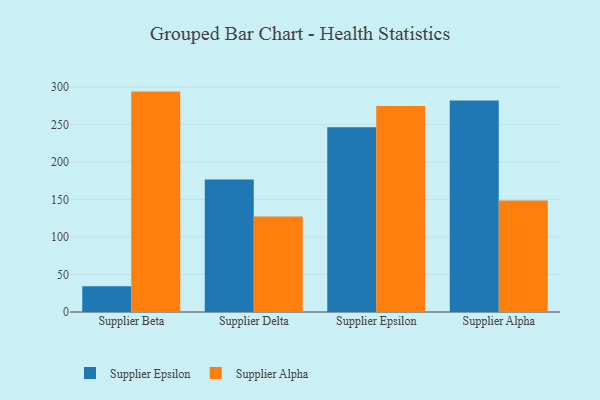
{"axis": {"x": "Supplier", "y": "LTV (USD)"}, "legend": ["Supplier Alpha", "Supplier Epsilon"], "data": [{"x": "Supplier Beta", "y": 34.3, "type": "Supplier Epsilon"}, {"x": "Supplier Beta", "y": 294.0, "type": "Supplier Alpha"}, {"x": "Supplier Delta", "y": 176.8, "type": "Supplier Epsilon"}, {"x": "Supplier Delta", "y": 127.4, "type": "Supplier Alpha"}, {"x": "Supplier Epsilon", "y": 246.5, "type": "Supplier Epsilon"}, {"x": "Supplier Epsilon", "y": 274.7, "type": "Supplier Alpha"}, {"x": "Supplier Alpha", "y": 282.2, "type": "Supplier Epsilon"}, {"x": "Supplier Alpha", "y": 148.6, "type": "Supplier Alpha"}]}